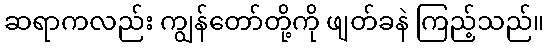
ဆရာကလည်း ကျွန်တော်တို့ကို ဖျတ်ခနဲ ကြည့်သည်။